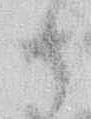
御